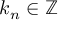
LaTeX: k _ { n } \in \mathbb { Z }